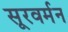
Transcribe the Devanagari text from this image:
सूरवर्मन